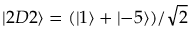
\left\lvert 2 D 2 \right\rangle = ( \left\lvert 1 \right\rangle + \left\lvert - 5 \right\rangle ) / \sqrt { 2 }